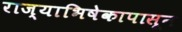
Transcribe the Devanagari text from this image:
राज्याभिषेकापासून